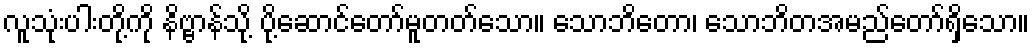
လူသုံးပါးတို့ကို နိဗ္ဗာန်သို့ ပို့ဆောင်တော်မူတတ်သော။ သောဘိတော၊ သောဘိတအမည်တော်ရှိသော။